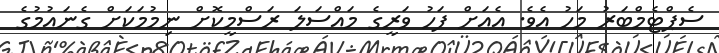
ސެޕްޓެމްބަރު މަހު އެވެ. އެއަށް ފަހު ވަރީގެ މައްސަލަ ރަސްމީކޮށް ނިމުމަކަށް ގެނައުމުގެ